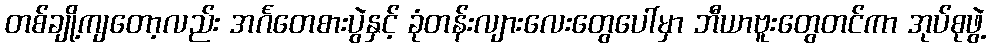
တစ်ချို့ကျတော့လည်း အင်္ဂတေစားပွဲနှင့် ခုံတန်းလျားလေးတွေပေါ်မှာ ဘီယာဗူးတွေတင်ကာ အုပ်စုဖွဲ့